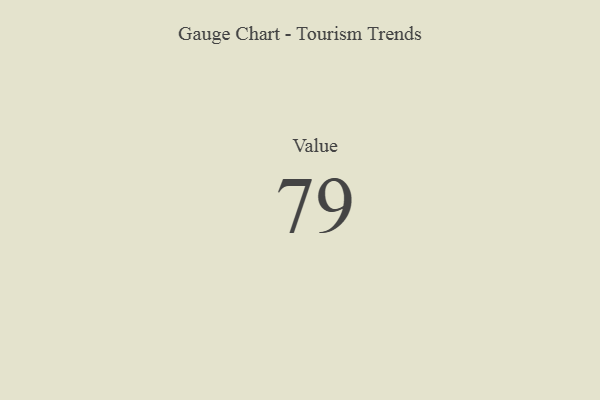
{"axis": {"x": "Metric", "y": "Value"}, "legend": [""], "data": [{"x": "Value", "y": 79, "type": ""}]}